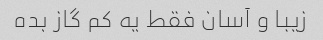
زیبا و آسان فقط یه کم گاز بده